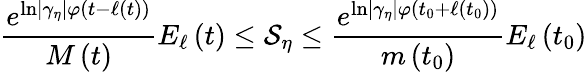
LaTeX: \frac{e^{\ln\left\vert\gamma_{\eta}\right\vert\varphi(t-\ell\left(t\right))}}{M\left(t\right)}E_{\ell}\left(t\right)\leq\mathcal{S}_{\eta}\leq\frac{e^{\ln\left\vert\gamma_{\eta}\right\vert\varphi(t_{0}+\ell\left(t_{0}\right))}}{m\left(t_{0}\right)}E_{\ell}\left(t_{0}\right)